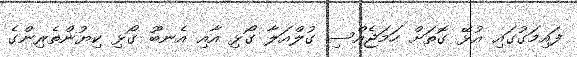
ފައިމަގުގައި އުޅޭ ގޮތަށް ހަމަޖެއްސި ގުލްއަލާ ގޯޅި އާއި އެނބޫ ގޯޅި ކިޔުންތެރިންގެ